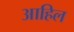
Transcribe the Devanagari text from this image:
आहिल